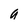
Character: a